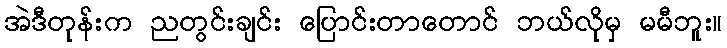
အဲဒီတုန်းက ညတွင်းချင်း ပြောင်းတာတောင် ဘယ်လိုမှ မမီဘူး။